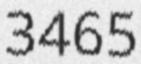
3465